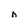
Character: h